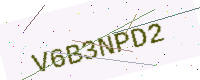
Text: V6B3NPD2